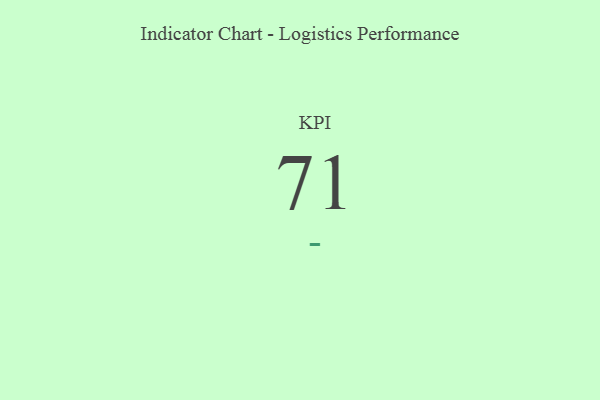
{"axis": {"x": "KPI", "y": "Value"}, "legend": [""], "data": [{"x": "KPI", "y": 71, "type": ""}]}